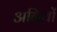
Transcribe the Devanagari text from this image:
अनियों